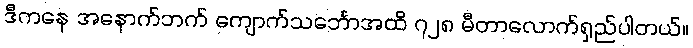
ဒီကနေ အနောက်ဘက် ကျောက်သင်္ဘောအထိ ၇၂၈ မီတာလောက်ရှည်ပါတယ်။